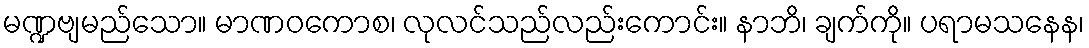
မဏ္ဍဗျမည်သော။ မာဏဝကောစ၊ လုလင်သည်လည်းကောင်း။ နာဘိ၊ ချက်ကို။ ပရာမသနေန၊